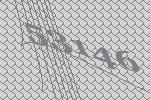
53146